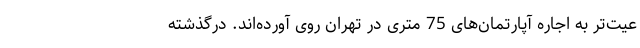
عیت‌تر به اجاره آپارتمان‌های 75 متری در تهران روی آورده‌اند. درگذشته